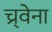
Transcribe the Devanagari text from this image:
च्र्वेना